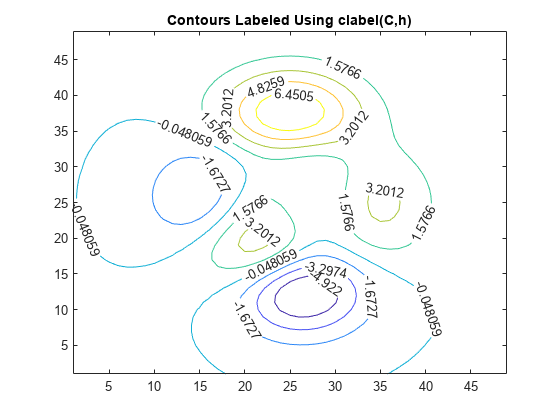
matlab, contour